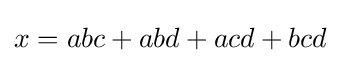
x=abc+abd+acd+bcd